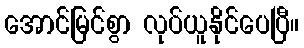
အောင်မြင်စွာ လုပ်ယူနိုင်ပေပြီ။